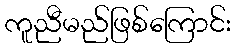
ကူညီမည်ဖြစ်ကြောင်း